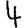
Digit: 4